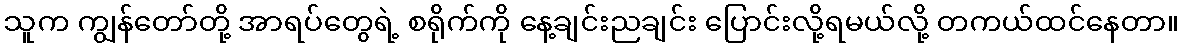
သူက ကျွန်တော်တို့ အာရပ်တွေရဲ့ စရိုက်ကို နေ့ချင်းညချင်း ပြောင်းလို့ရမယ်လို့ တကယ်ထင်နေတာ။